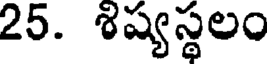
25. శిష్యస్థలం